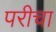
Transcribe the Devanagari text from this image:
परीचा